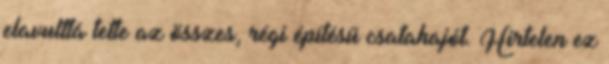
elavulttá tette az összes, régi építésű csatahajót. Hirtelen ez